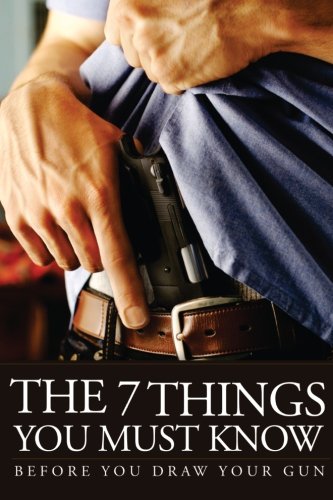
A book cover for The 7 Things You Must Know Before You Draw Your Gun: What You Must Know Before You Carry Concealed; U.S. Concealed Carry Association; Sports & Outdoors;